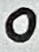
Text: 0